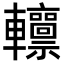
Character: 𨏸